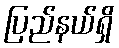
ပြည်နယ်ရှိ